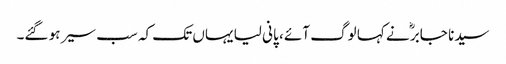
سیدنا جابرؓ نے کہا لوگ آئے ، پانی لیا یہاں تک کہ سب سیر ہو گئے۔